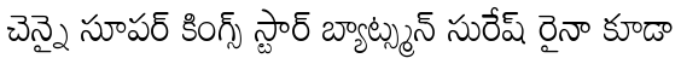
చెన్నై సూపర్ కింగ్స్ స్టార్ బ్యాట్స్మన్ సురేష్ రైనా కూడా